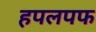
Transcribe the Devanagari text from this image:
हपलपफ